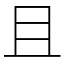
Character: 且